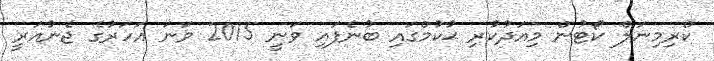
ކްރިމިނަލް ކޯޓުން މިއަދުކުރި ޙުކުމްގައި ބުނެފައި ވަނީ 2015 ވަނަ އަހަރުގެ ޖެނުއަރީ